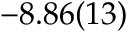
- 8 . 8 6 ( 1 3 )